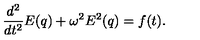
\frac { d ^ { 2 } } { d t ^ { 2 } } E ( q ) + \omega ^ { 2 } E ^ { 2 } ( q ) = f ( t ) .